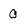
Character: 0